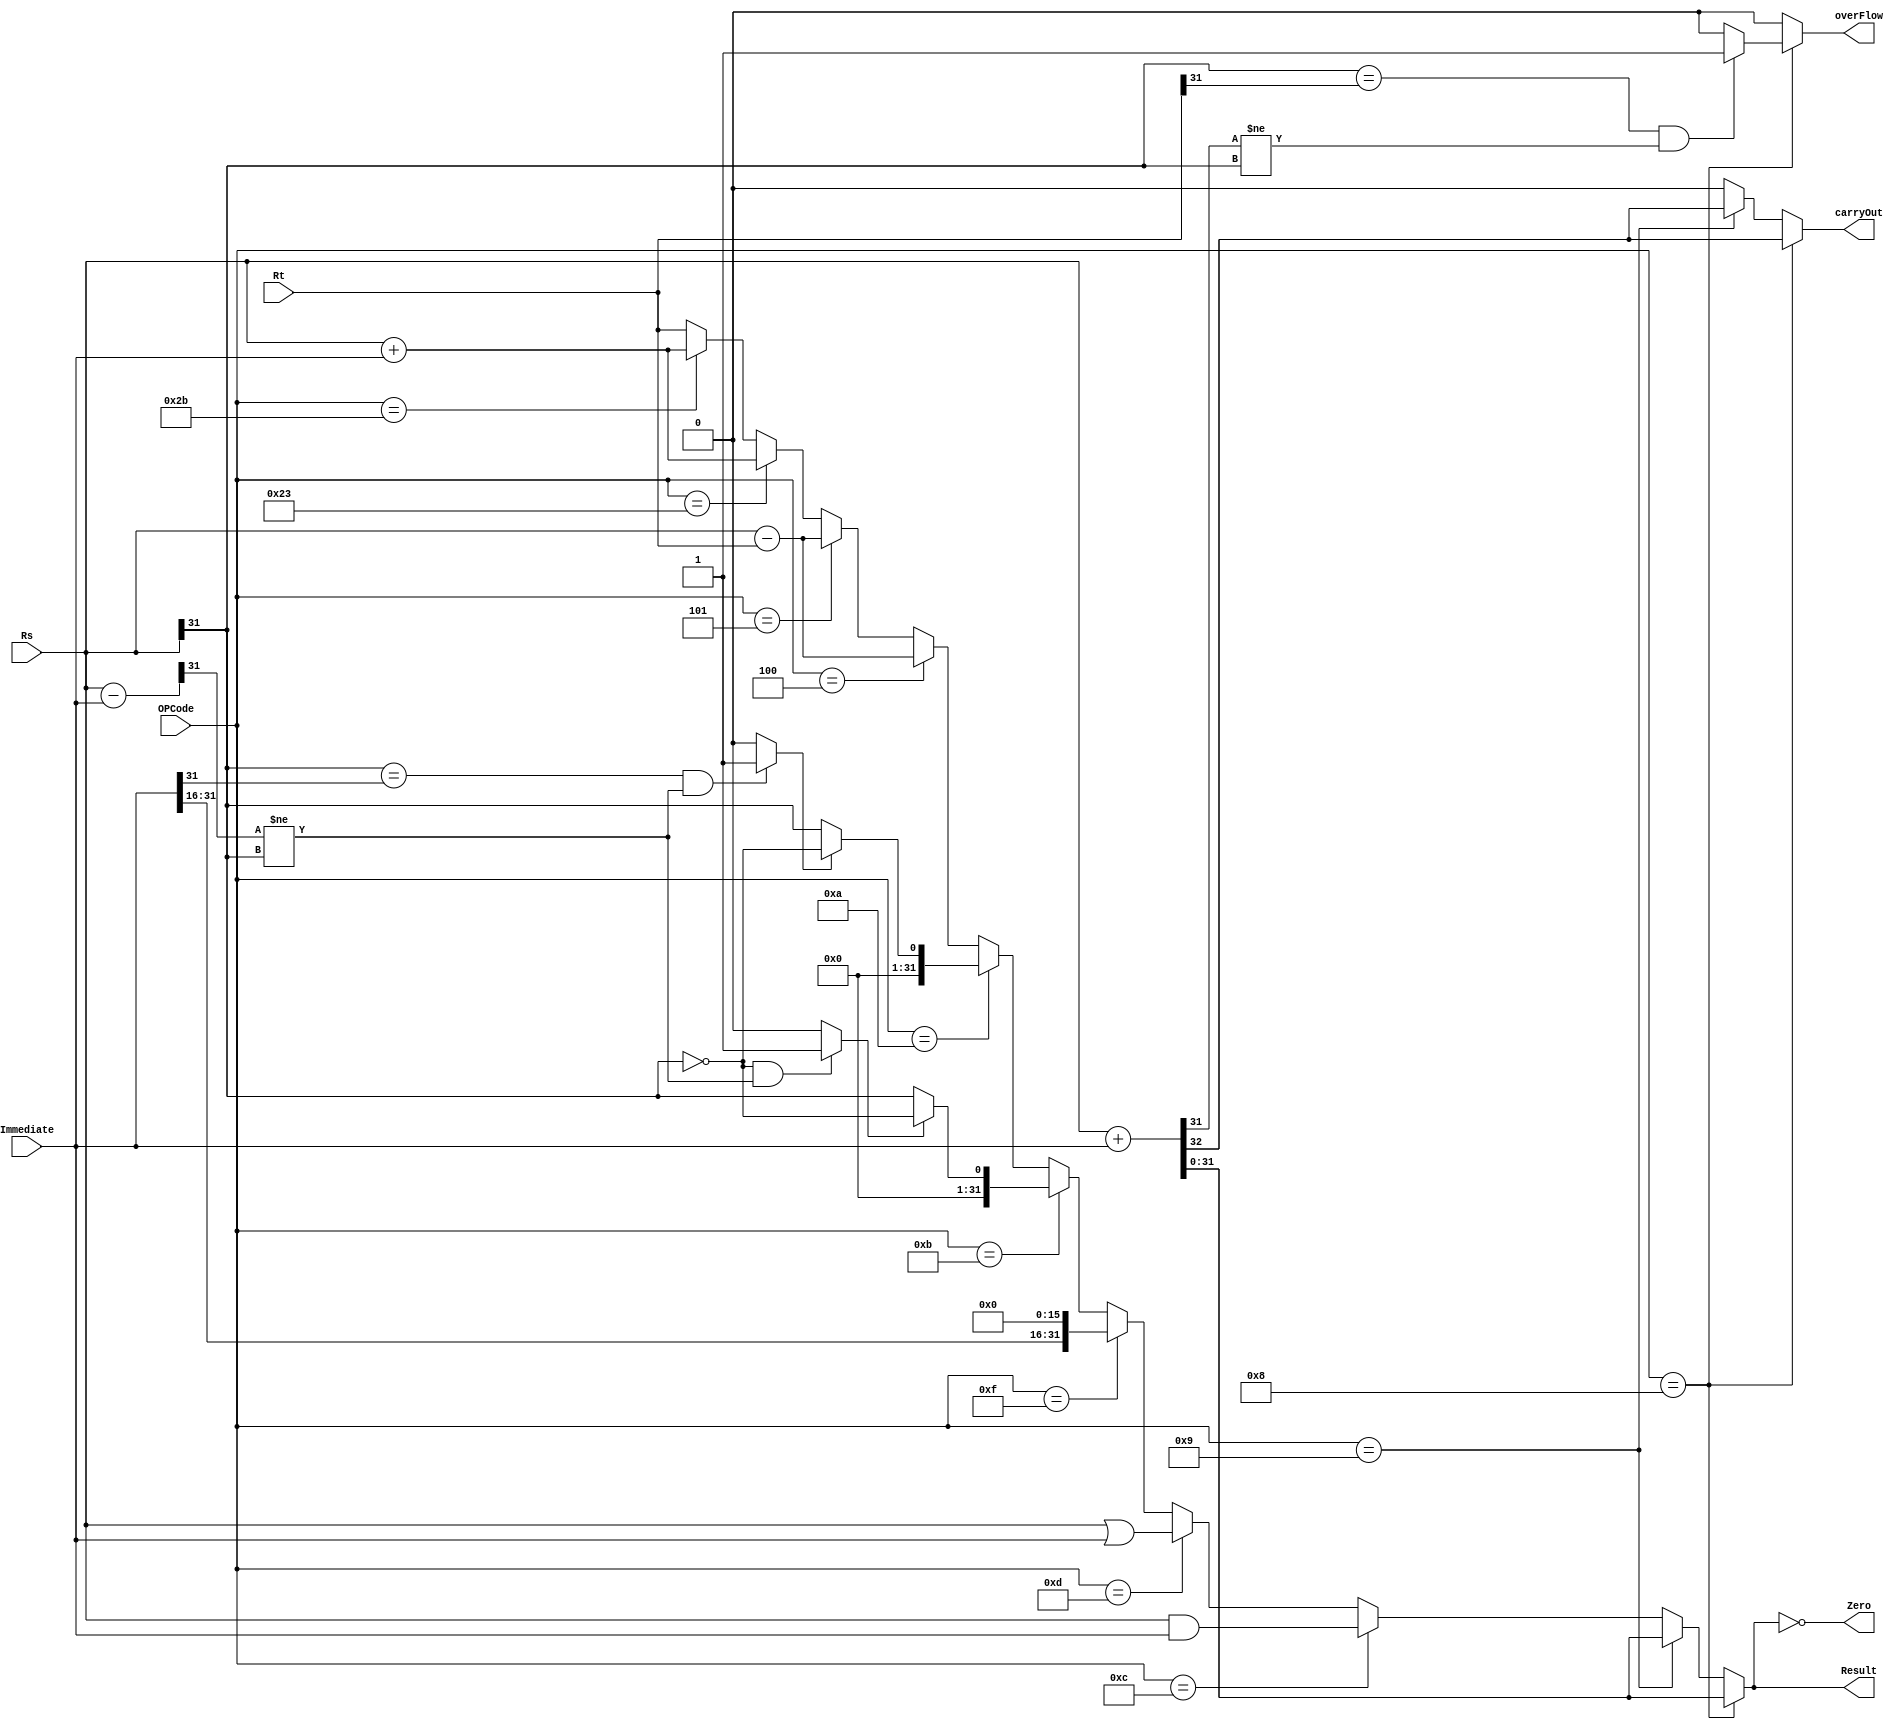
module aluModul(
	input [5:0] OPCode,
	input [31:0] Rs,Rt,Immediate,
	output [31:0] Result,
	output carryOut,Zero,overFlow);
	//sonucu semek iin
	wire [31:0] Addi,Addiu,Andi,Ori,Lui,Slti,Sltiu,Beq,Bne,Sub,Subu,Lw,Sw;
	
	//ara ilemler iin
	wire [31:0] immUnsigned,addi,addiu;
	wire overFlowI,overFlowIU,cout1,cout2,slt;
	wire overFlowSub,overFlowSubU,slti,sltiu;
	
	//immediate 32 bitin unsigned 32 bit sekildeki hali
	assign immUnsigned = {{16{1'b0}},Immediate[15:0]};

	//komutlarn opcodlar
	parameter ADDI  = 6'b001000;
	parameter ADDIU = 6'b001001;
	parameter ANDI  = 6'b001100;
	parameter ORI   = 6'b001101;
	parameter LUI   = 6'b001111;
	parameter SLTIU = 6'b001011;
	parameter SLTI  = 6'b001010;
	parameter BEQ   = 6'b000100;
	parameter BNE   = 6'b000101;
	parameter LW    = 6'b100011;
	parameter SW    = 6'b101011;	

	assign {cout1,Addi} = Rs + Immediate;//cout ve toplam eer signed sistem ise
	assign {cout2,Addiu} = Rs + Immediate;//cout ve toplam eer unsigned sistem ise
	
	//elde kn hangi toplama ilemine olduunun seimi
	assign carryOut = (OPCode == ADDI) ? cout1:
							(OPCode == ADDIU) ? cout2 :1'b0;
	//tama bitinin hangi toplama sonucu olutuu						
	assign overFlowI = ((Rs[31] == Rt[31]) && (Addi[31] != Rs[31])) ? 1'b1 : 1'b0;
	assign overFlow = (OPCode == ADDI) ? overFlowI: 1'b0;
	//stli ve sltiu pozitif negatif karlatrrken kartryordu
	assign Sub = Rs - Immediate;
	assign Subu = Rs - Immediate;
	//iaretler deitimi diye kontrol
	assign overFlowSub = ((Rs[31] == Immediate[31]) && (Sub[31] != Rs[31])) ? 1'b1 : 1'b0;
	assign overFlowSubU = ((Rs[31] == immUnsigned[31]) && (Subu[31] != Rs[31])) ? 1'b1 : 1'b0;
	assign slti = overFlowSub ? ~(Rs[31]) : Rs[31];
	assign sltiu = overFlowSubU ? ~(Rs[31]) : Rs[31];
	
	//tm ilemler yaplr
	assign Andi = Rs & Immediate;
	assign Ori  = Rs | Immediate;
	assign Lui = {Immediate[31:16],16'b0};
	/*--------*/
	assign Beq = Rs - Rt;
	assign Bne = Rs - Rt;
	assign Lw = Rs + Immediate;
	assign Sw = Rs + Immediate;
	//sonulardan istenilen seilir
	assign Result =(OPCode == ADDI) ? Addi :
						(OPCode == ADDIU) ? Addiu :
						(OPCode == ANDI) ? Andi :
						(OPCode == ORI) ? Ori :
						(OPCode == LUI) ? Lui :
						(OPCode == SLTIU) ? {{31{1'b0}}, sltiu} :
						(OPCode == SLTI) ? {{31{1'b0}}, slti} :
						(OPCode == BEQ) ? Beq :
						(OPCode == BNE) ? Bne :
						(OPCode == LW) ? Lw :
						(OPCode == SW) ? Sw : Rt;	
	//sonu sfr ise zero k 1 olur
	assign Zero = (Result == 32'b0);
	
endmodule